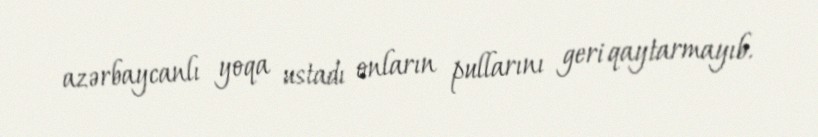
azərbaycanlı yoqa ustadı onların pullarını geri qaytarmayıb.